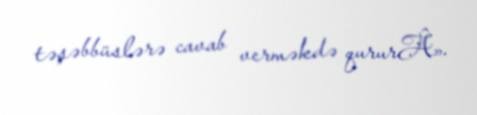
təşəbbüslərə cavab verməkdə qururÂ».